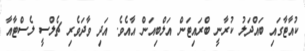
ކުއާޓާގައި ބައްދަލު ކުރާނީ ބްރައިޓަން އަލްބިއަން އާއެވެ. އަދި ވާދަވެރި ޗެލްސީ ލެސްޓާއާ